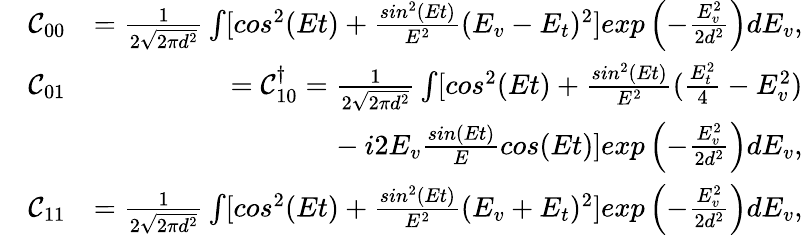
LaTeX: \begin{array}{rlr}&{\mathcal{C}_{00}}&{=\frac{1}{2\sqrt{2\pi d^{2}}}\int[cos^{2}(Et)+\frac{sin^{2}(Et)}{E^{2}}(E_{v}-E_{t})^{2}]exp\left(-\frac{E_{v}^{2}}{2d^{2}}\right)dE_{v},}\\ &{\mathcal{C}_{01}}&{=\mathcal{C}_{10}^{\dagger}=\frac{1}{2\sqrt{2\pi d^{2}}}\int[cos^{2}(Et)+\frac{sin^{2}(Et)}{E^{2}}(\frac{E_{t}^{2}}{4}-E_{v}^{2})}\\ &{}&{~~~~~~~~~~~-i2E_{v}\frac{sin(Et)}{E}cos(Et)]exp\left(-\frac{E_{v}^{2}}{2d^{2}}\right)dE_{v},}\\ &{\mathcal{C}_{11}}&{=\frac{1}{2\sqrt{2\pi d^{2}}}\int[cos^{2}(Et)+\frac{sin^{2}(Et)}{E^{2}}(E_{v}+E_{t})^{2}]exp\left(-\frac{E_{v}^{2}}{2d^{2}}\right)dE_{v},}\end{array}